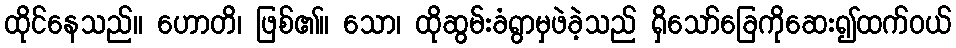
ထိုင်နေသည်။ ဟောတိ၊ ဖြစ်၏။ သော၊ ထိုဆွမ်းခံရွာမှဖဲခဲ့သည် ရှိသော်ခြေကိုဆေး၍ထက်ဝယ်